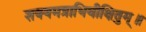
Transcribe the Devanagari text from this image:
शक्यमत्राभिवीक्षितुम्॥